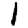
Digit: 1